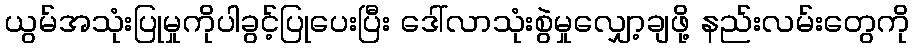
ယွမ်အသုံးပြုမှုကိုပါခွင့်ပြုပေးပြီး ဒေါ်လာသုံးစွဲမှုလျှော့ချဖို့ နည်းလမ်းတွေကို